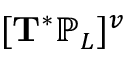
[ \mathbf { T } ^ { * } \mathbb { P } _ { L } ] ^ { v }